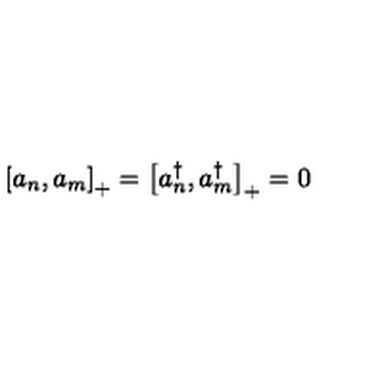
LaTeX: \left[ a _ { n } , a _ { m } \right] _ { + } = \left[ a _ { n } ^ { \dagger } , a _ { m } ^ { \dagger } \right] _ { + } = 0